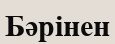
Бәрінен